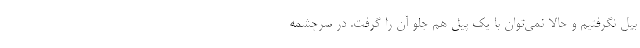
بیل نگرفتیم و حالا نمی‌توان با یک پیل هم جلو آن را گرفت. در سرچشمه